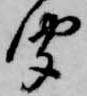
聞